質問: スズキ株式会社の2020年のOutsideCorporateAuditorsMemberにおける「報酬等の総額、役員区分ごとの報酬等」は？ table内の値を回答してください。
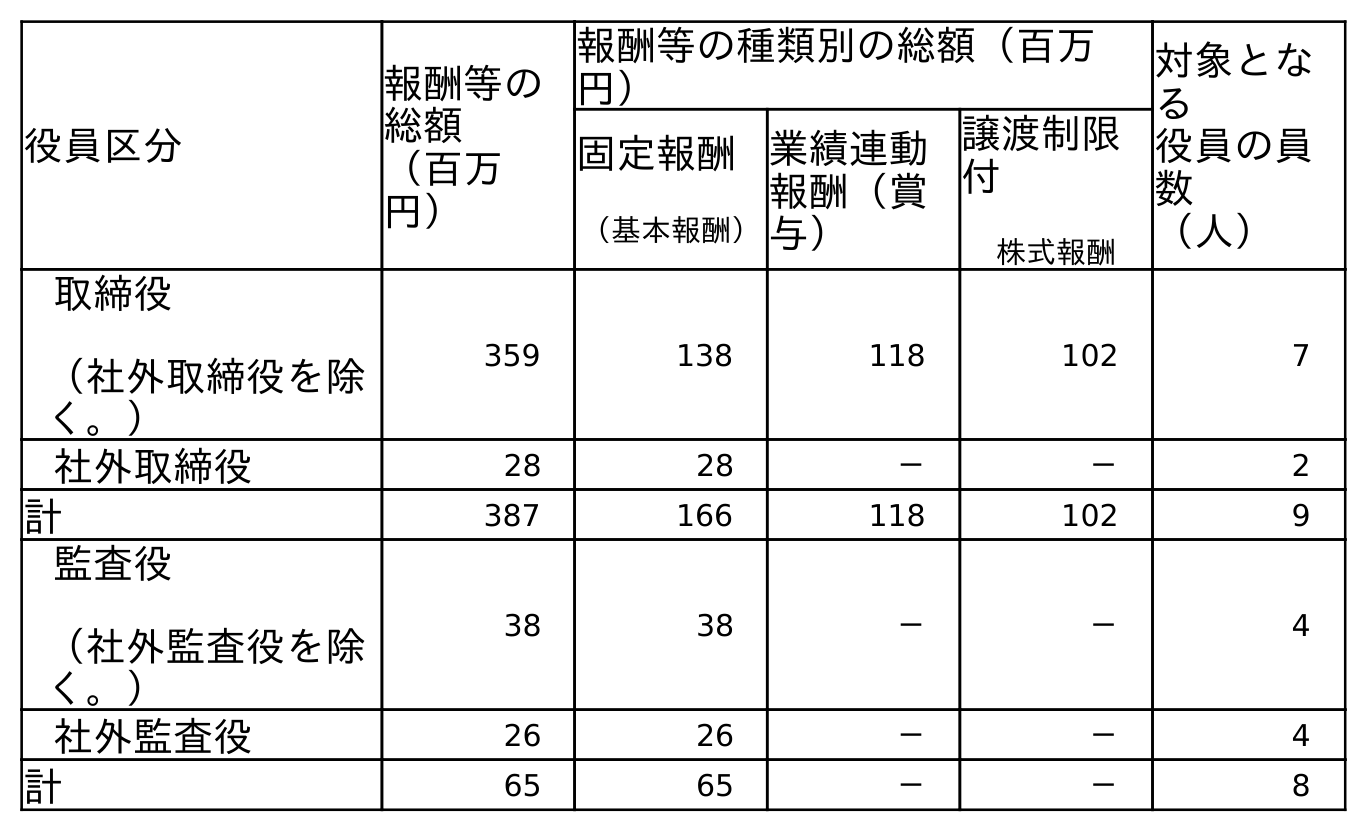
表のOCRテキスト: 役員区分 報酬等の 総額 （百万 円） 報酬等の種類別の総額（百万 円） 対象とな る 役員の員 数 （人） 固定報酬 （基本報酬） 業績連動 報酬（賞 与） 譲渡制限 付 株式報酬 取締役 （社外取締役を除 く。） 359 138 118 102 7 社外取締役 28 28 － － 2 計 387 166 118 102 9 監査役 （社外監査役を除 く。） 38 38 － － 4 社外監査役 26 26 － － 4 計 65 65 － － 8
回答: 26